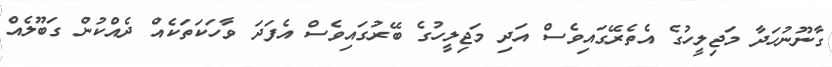
ގާނޫނުހަދާ މަޖިލީހުގެ އެތެރޭގައިވެސް އަދި މަޖިލީހުގެ ބޭރުގައިވެސް އެފަދަ ވާހަކަތަކެއް ދެއްކުން ގަބޫލެއް